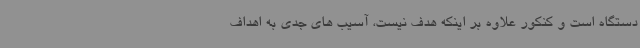
دستگاه است و کنکور علاوه بر اینکه هدف نیست، آسیب های جدی به اهداف